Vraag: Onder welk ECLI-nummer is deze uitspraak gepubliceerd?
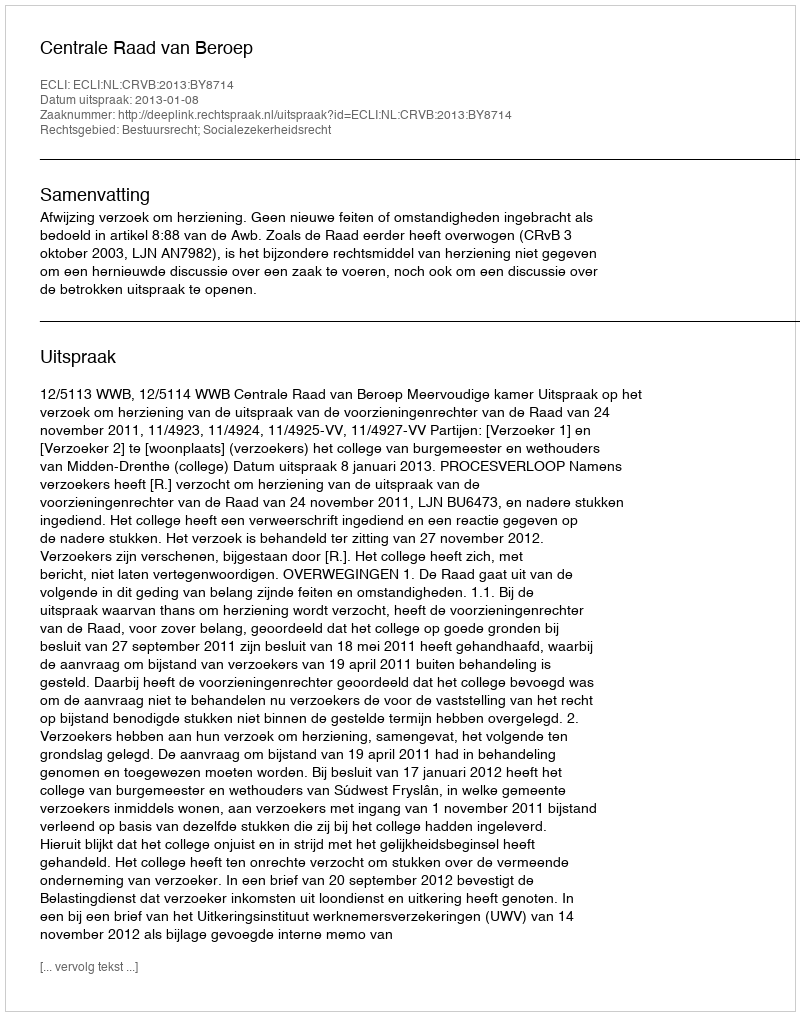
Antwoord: ECLI:NL:CRVB:2013:BY8714